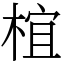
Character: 椬